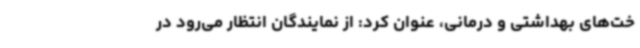
خت‌های بهداشتی و درمانی، عنوان کرد: از نمایندگان انتظار می‌رود در